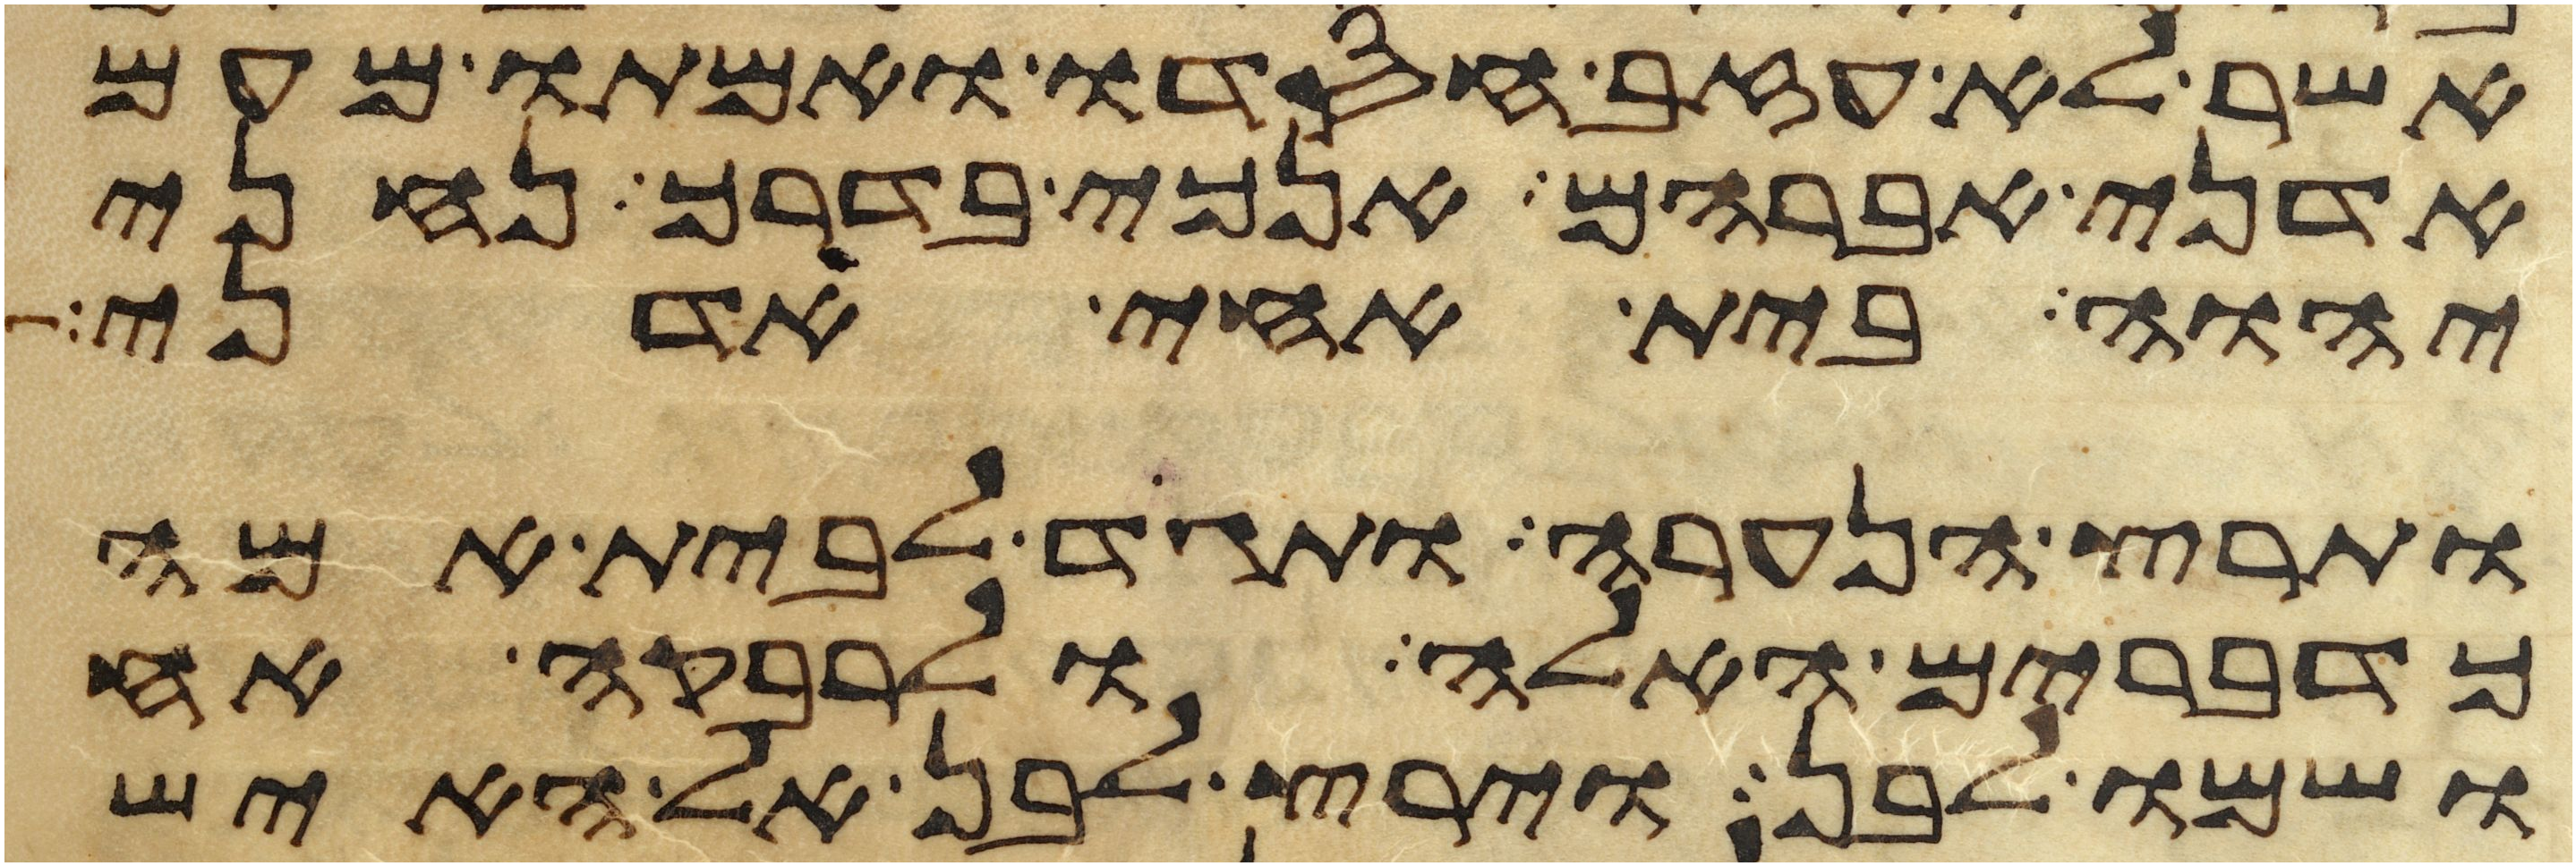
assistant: אשר לא עזב חסדו ואמתו מעם
אדני אברהם אנכי בדרך נחני
יהוה בית אחי אדני
ותרץ הנערה ותגד לבית אמה
כדברים האלה ולרבקה אח
ושמו לבן וירץ לבן אל האיש